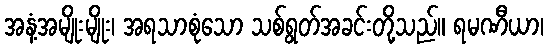
အနံ့အမျိုးမျိုး၊ အရသာစုံသော သစ်ရွတ်အခင်းတို့သည်။ ရမဏီယာ၊